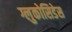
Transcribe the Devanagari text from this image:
ग्लुकोसिडेस